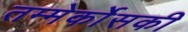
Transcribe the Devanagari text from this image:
तम्मेर्कोसकी